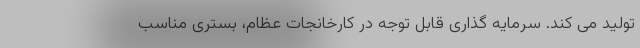
تولید می کند. سرمایه گذاری قابل توجه در کارخانجات عظام، بستری مناسب